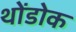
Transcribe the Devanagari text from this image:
थोंडोक